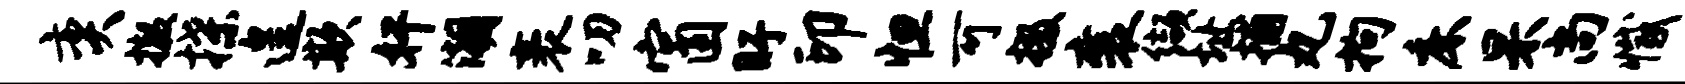
奕撤揲遑欺奸潮袤叨窗盱印怛可掇襄缬址捕丸拘床杲尚撼